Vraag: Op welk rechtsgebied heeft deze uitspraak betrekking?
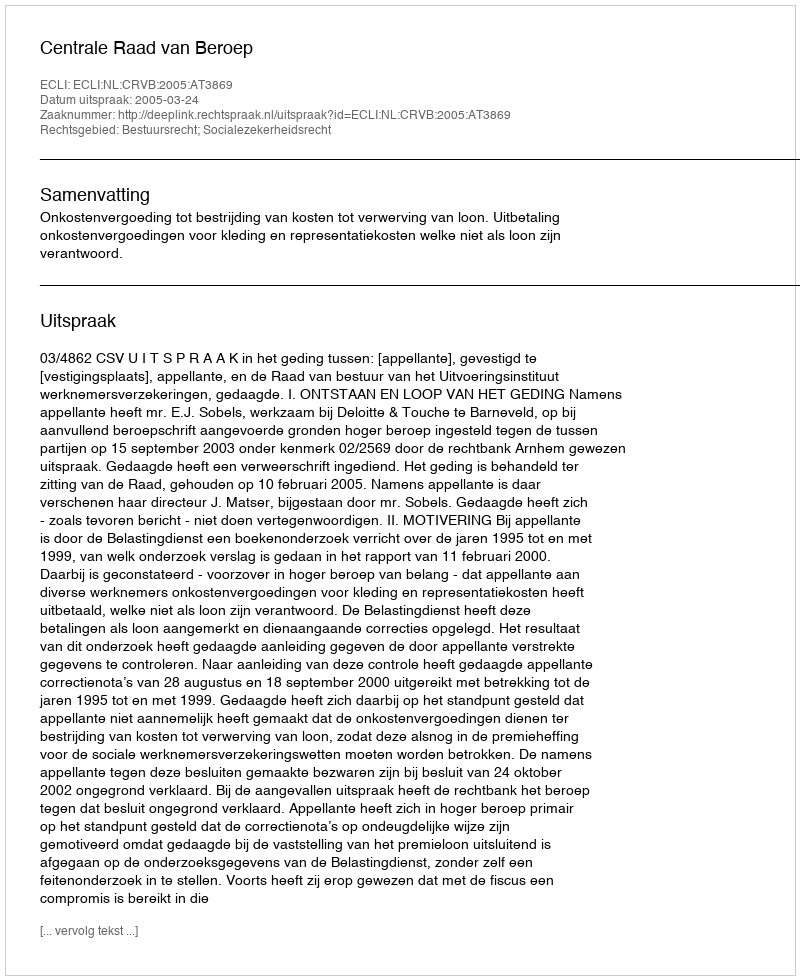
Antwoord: Bestuursrecht; Socialezekerheidsrecht